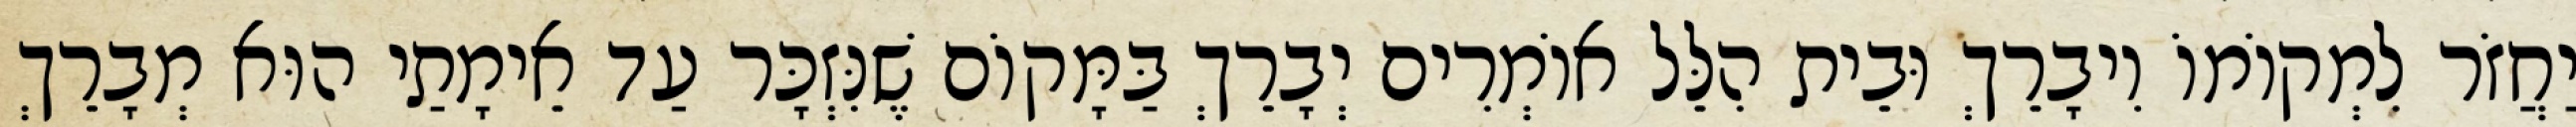
יַחֲזֹר לִמְקוֹמוֹ וִיבָרֵךְ וּבֵית הִלֵּל אוֹמְרִים יְבָרֵךְ בַּמָּקוֹם שֶׁנִּזְכָּר עַד אֵימָתַי הוּא מְבָרֵךְ